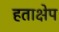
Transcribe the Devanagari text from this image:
हताक्षेप